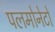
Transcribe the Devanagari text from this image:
पलमोनेटों